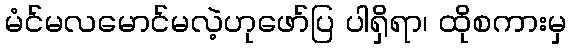
မံင်မလမောင်မလဲ့ဟုဖော်ပြ ပါရှိရာ၊ ထိုစကားမှ